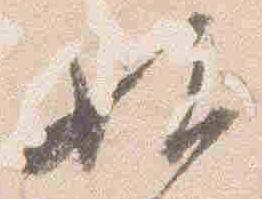
始